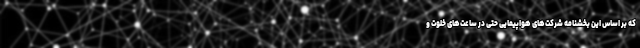
که بر اساس این بخشنامه شرکت‌های هواپیمایی حتی در ساعت‌های خلوت و